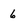
Character: 6